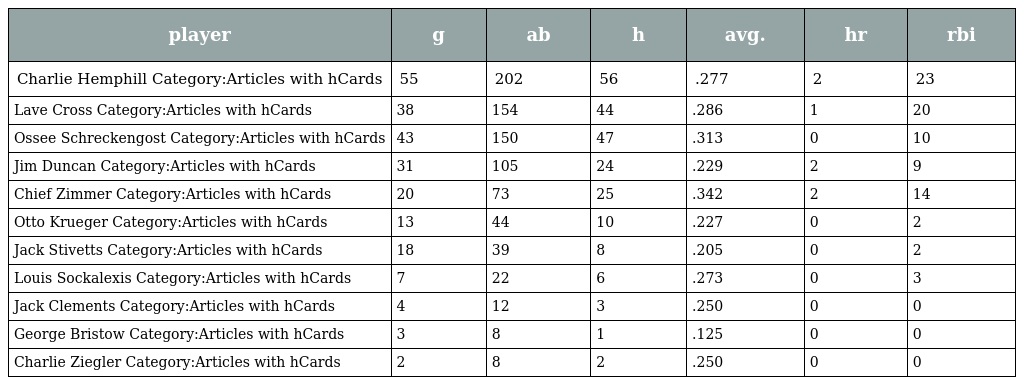
| player | g | ab | h | avg. | hr | rbi |
 | --- | --- | --- | --- | --- | --- | --- |
 | Charlie Hemphill Category:Articles with hCards | 55 | 202 | 56 | .277 | 2 | 23 |
 | Lave Cross Category:Articles with hCards | 38 | 154 | 44 | .286 | 1 | 20 |
 | Ossee Schreckengost Category:Articles with hCards | 43 | 150 | 47 | .313 | 0 | 10 |
 | Jim Duncan Category:Articles with hCards | 31 | 105 | 24 | .229 | 2 | 9 |
 | Chief Zimmer Category:Articles with hCards | 20 | 73 | 25 | .342 | 2 | 14 |
 | Otto Krueger Category:Articles with hCards | 13 | 44 | 10 | .227 | 0 | 2 |
 | Jack Stivetts Category:Articles with hCards | 18 | 39 | 8 | .205 | 0 | 2 |
 | Louis Sockalexis Category:Articles with hCards | 7 | 22 | 6 | .273 | 0 | 3 |
 | Jack Clements Category:Articles with hCards | 4 | 12 | 3 | .250 | 0 | 0 |
 | George Bristow Category:Articles with hCards | 3 | 8 | 1 | .125 | 0 | 0 |
 | Charlie Ziegler Category:Articles with hCards | 2 | 8 | 2 | .250 | 0 | 0 |